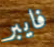
فايبر